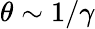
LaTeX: \theta\sim 1/\gamma